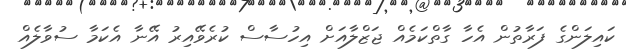
ކައިލަންގެ ފަރާތުން އެހާ ގާތްކަމެއް ޖަޒްލާއަށް އިހުސާސް ކުރެވޭއިރު އޭނާ އެކަމާ ސުވާލެއް